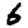
Digit: 6